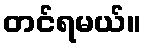
တင်ရမယ်။